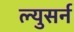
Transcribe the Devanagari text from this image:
ल्युसर्न